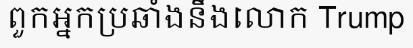
ពួកអ្នកប្រឆាំងនឹងលោក Trump